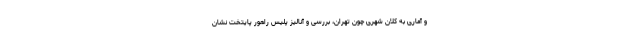
و آماری به کلان شهری چون تهران، بررسی و آنالیز پلیس راهور پایتخت نشان